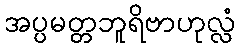
အပ္ပမတ္တဘူရိဗာဟုလ္လံ